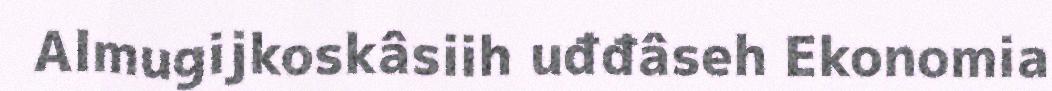
Almugijkoskâsiih uđđâseh Ekonomia